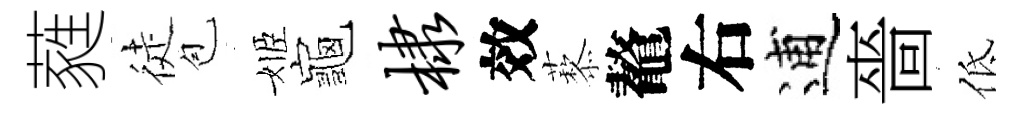
蕤徒苞姬龜棣效藜鼇右逋嗇低